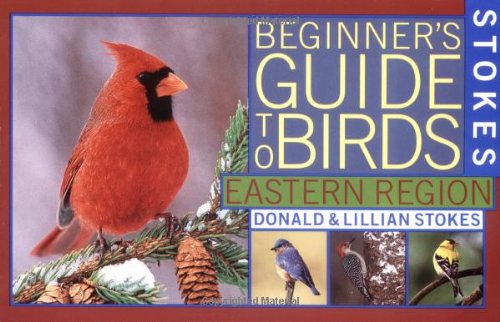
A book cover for Stokes Beginner's Guide to Birds: Eastern Region (Stokes Field Guide Series); Donald Stokes; Science & Math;